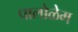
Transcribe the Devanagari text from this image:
पालोळेम